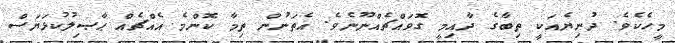
މީހެކެވެ. ދުނިޔެއަކީ ތިބާގެ ދާއިމީ ގޮވައްޗެއްނޫނެވެ. އެތަނުން ތިމާ ކޮންމެ އެއްޗެއް ޙާޞިލުކުޅަޔަސް